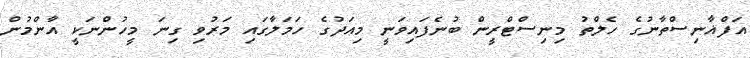
އަފްޣާނިސްތާނުގެ ހެލްތު މިނިސްޓްރީން ބުނެފައިވަނީ މިއަދުގެ ހަމަލާގައި މަރުވި ގިނަ މީހުންނަކީ އާންމުން